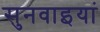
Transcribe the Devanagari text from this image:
सुनवाइयां